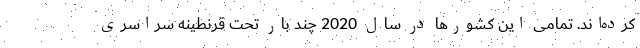
کرده‌اند. تمامی این کشورها در سال 2020 چند بار تحت قرنطینه سراسری